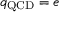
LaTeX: q _ { \mathrm { Q C D } } = e